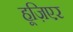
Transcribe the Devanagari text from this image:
हूज़िएर